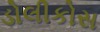
ડોલીકોસ